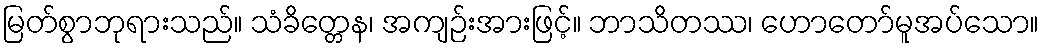
မြတ်စွာဘုရားသည်။ သံခိတ္တေန၊ အကျဉ်းအားဖြင့်။ ဘာသိတဿ၊ ဟောတော်မူအပ်သော။